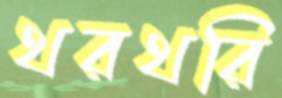
থরথরি